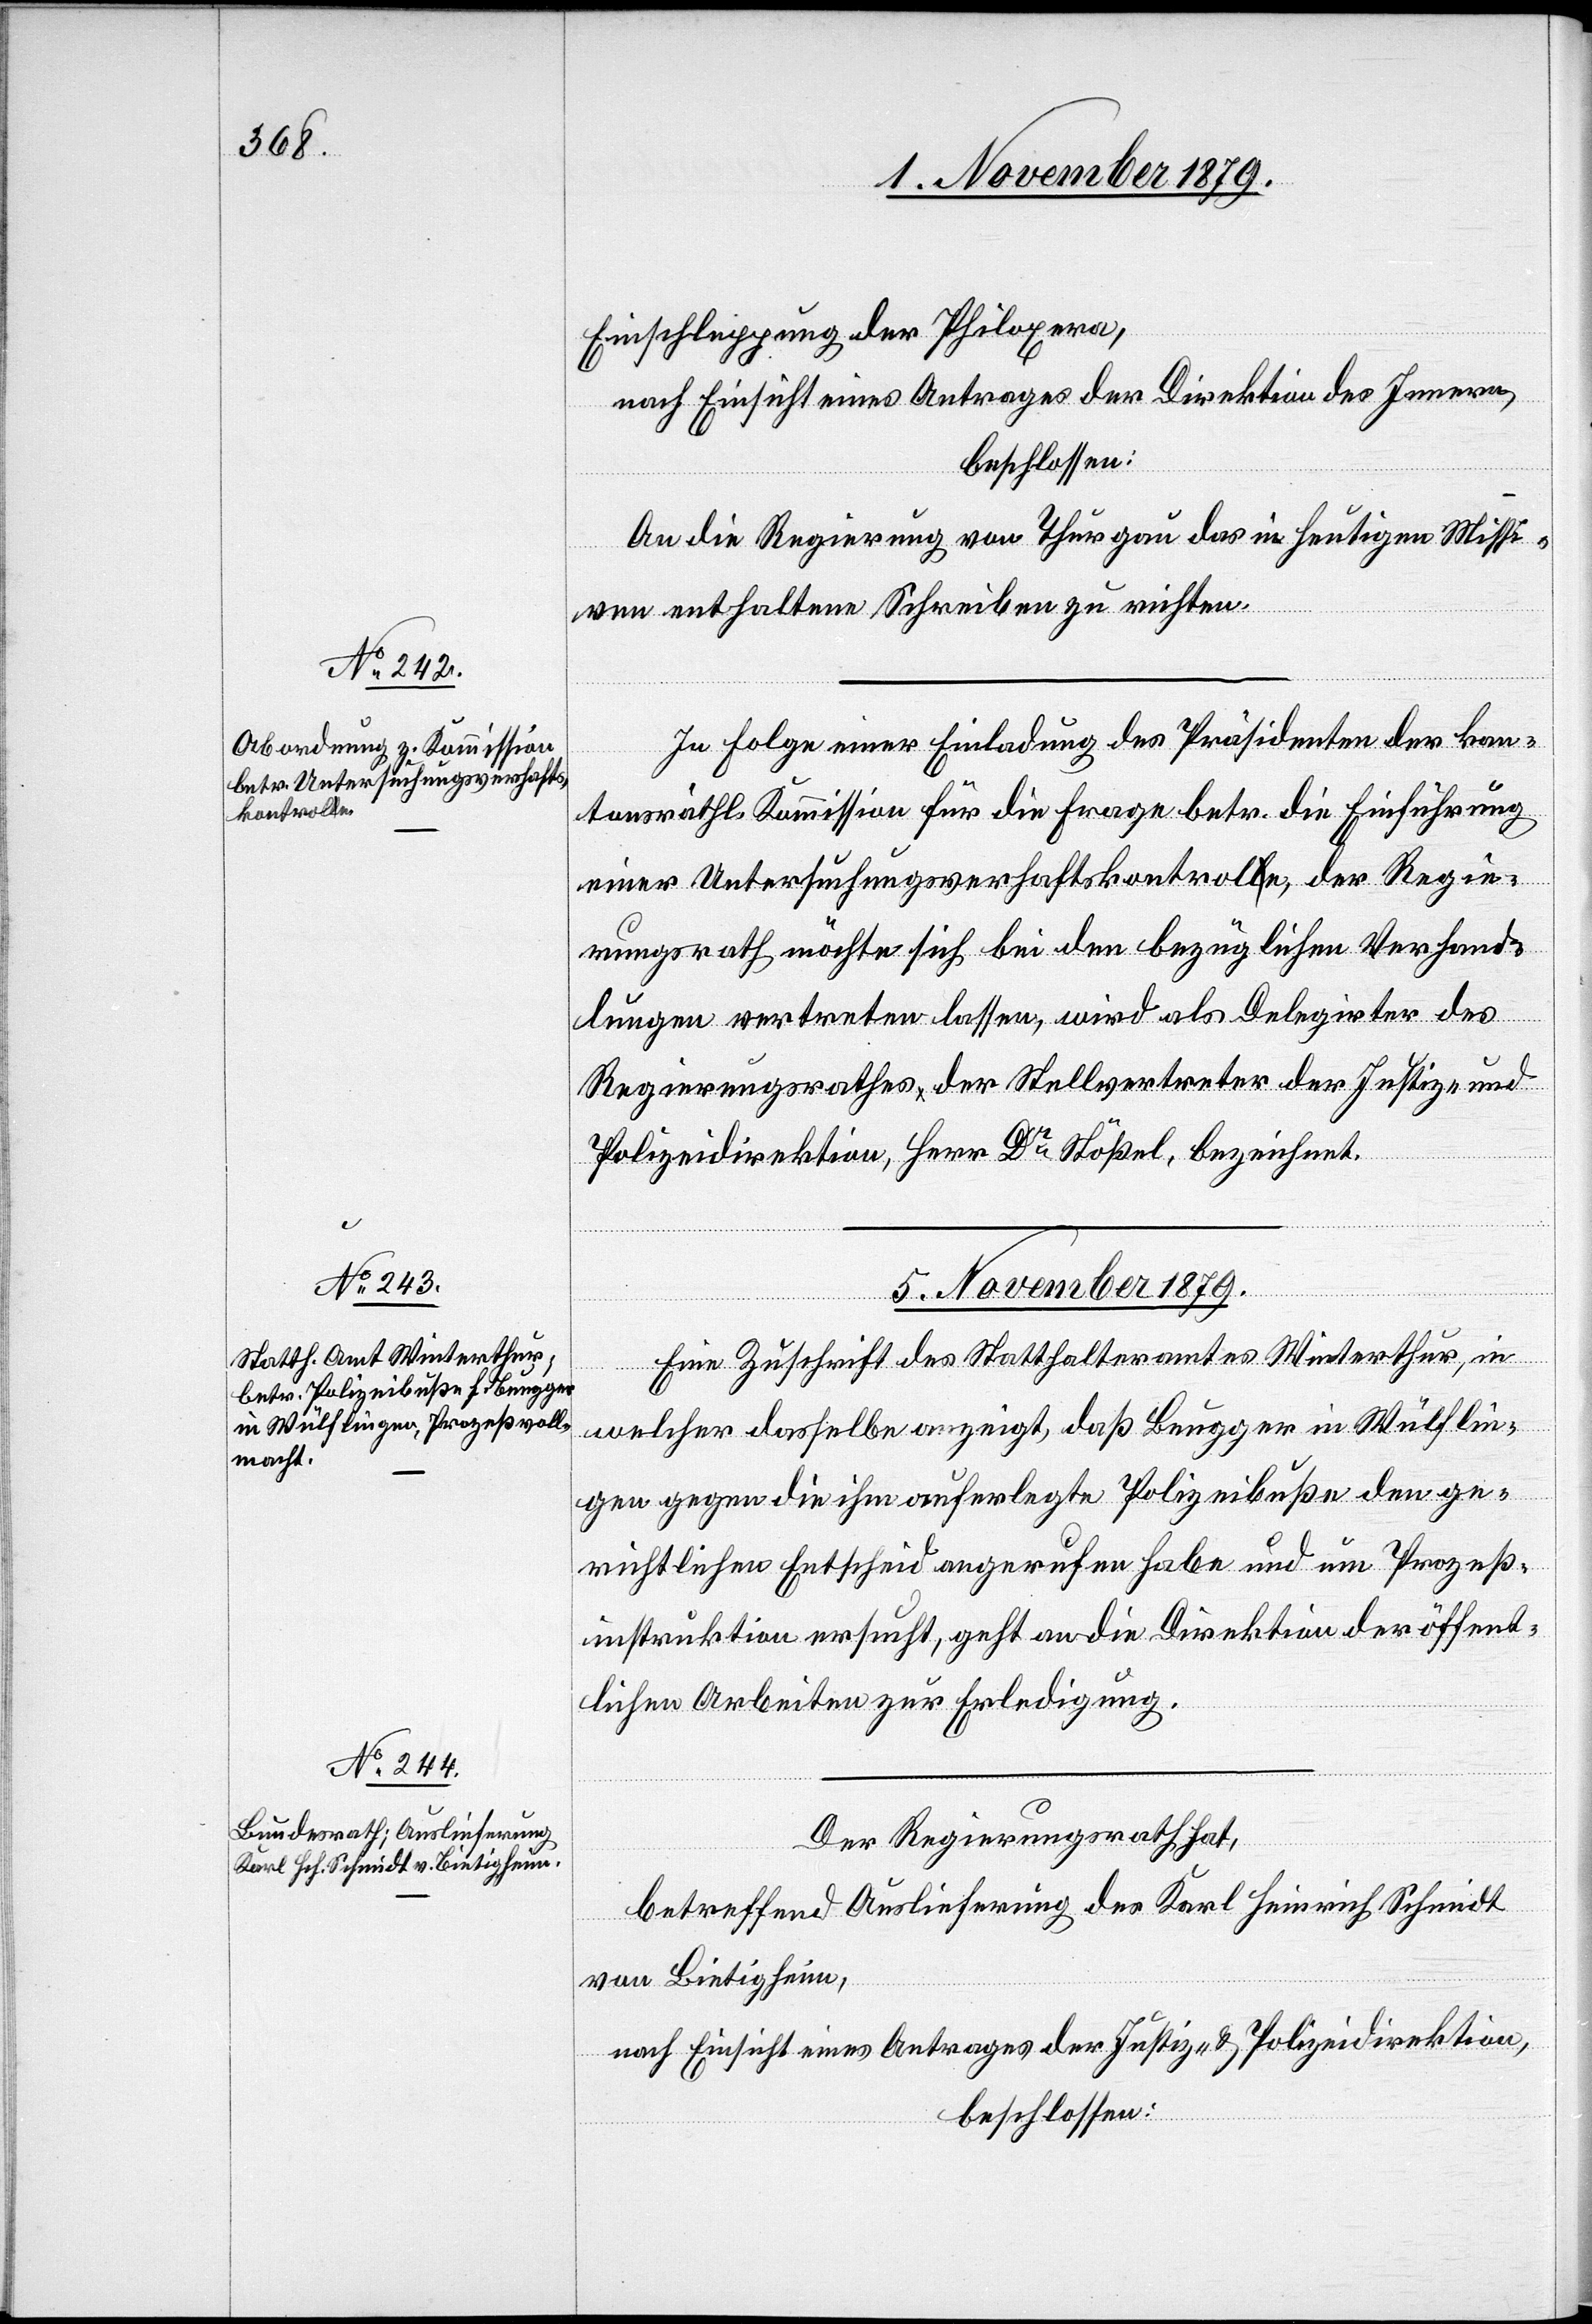
4. November 1879.]
Einschleppung der Philoxera,
nach Einsicht eines Antrages der Direktion des Innern,
beschlossen:
An die Regierung von Thurgau das in heutigen Missi¬
ven enthaltene Schreiben zu richten.
In Folge einer Einladung des Präsidenten der kan¬
tonsräthl. Kommission für die Frage betr. die Einführung
einer Untersuchungsverhaftskontrole, der Regie¬
rungsrath möchte sich bei den bezüglichen Verhand¬
lungen vertreten lassen, wird als Delegirter des
Regierungsrathes der Stellvertreter der Justiz- und
Polizeidirektion Herr Dr Stößel, bezeichnet.
5. November 1879.]
Eine Zuschrift des Statthalteramtes Winterthur, in
welcher dasselbe anzeigt, daß Beugger in Wülflin¬
gen gegen die ihm auferlegte Polizeibuße den ge¬
richtlichen Entscheid angerufen habe und um Prozeß¬
instruktion ersucht, geht an die Direktion der öffent¬
lichen Arbeiten zur Erledigung.
Der Regierungsrath hat,
betreffend Auslieferung des Karl Heinrich Schmidt
von Bietigheim,
nach Einsicht eines Antrages der Justiz- & Polizeidirektion,
beschlossen: